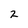
Character: 2